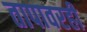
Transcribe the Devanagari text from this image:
तापावरही